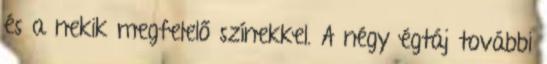
és a nekik megfelelő színekkel. A négy égtáj további